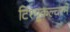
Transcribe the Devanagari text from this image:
टिश्यू्कल्चरने